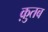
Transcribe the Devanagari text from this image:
क़ुतब